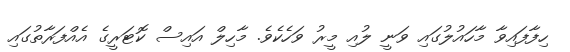
ހިފާފައިވާ މާހައުލުގައި ވަނީ ލުއި މީރު ވަހެކެވެ. މާހިލް އައިސް ކޮޓަރީގެ އެއްފަރާތުގައި